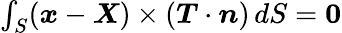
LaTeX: \begin{array}{r}{\int_{S}(\boldsymbol{x}-\boldsymbol{X})\times(\boldsymbol{T}\cdot\boldsymbol{n})\, dS=\boldsymbol{0}}\end{array}